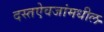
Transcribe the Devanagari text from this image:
दस्तऐवजांमधील